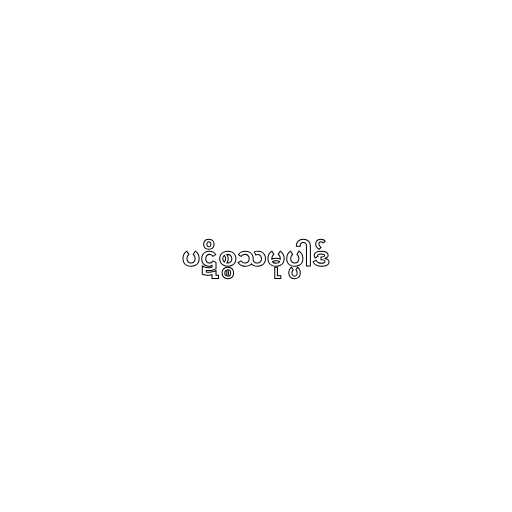
ပဋိစ္စသမုပ္ပါဒ်